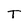
Character: T